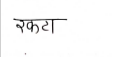
मजकूर: रकटा